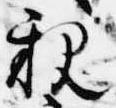
親